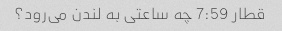
قطار 7:59 چه ساعتی به لندن می‌رود؟